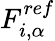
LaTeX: F_{i,\alpha}^{ref}